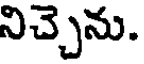
నిచ్చెను.